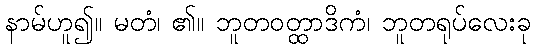
နာမ်ဟူ၍။ မတံ၊ ၏။ ဘူတဝတ္ထာဒိကံ၊ ဘူတရုပ်လေးခု